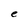
Character: e